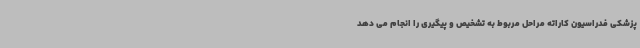
پزشکی فدراسیون کاراته مراحل مربوط به تشخیص و پیگیری را انجام می دهد